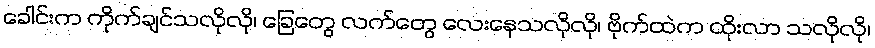
ခေါင်းက ကိုက်ချင်သလိုလို၊ ခြေတွေ လက်တွေ လေးနေသလိုလို၊ ဗိုက်ထဲက ထိုးလာ သလိုလို၊